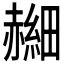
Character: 𫎰